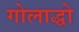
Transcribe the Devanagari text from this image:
गोलाद्धो